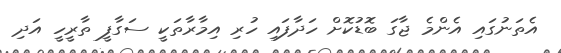
އެތަނުގައި އެންމެ ޖާގަ ބޮޑުކޮށް ހަދާފައި ހުރި އިމާރާތަކީ ސަގާފީ ތާރީހީ އަދި